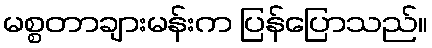
မစ္စတာချားမန်းက ပြန်ပြောသည်။